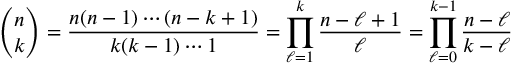
{ \binom { n } { k } } = { \frac { n ( n - 1 ) \cdots ( n - k + 1 ) } { k ( k - 1 ) \cdots 1 } } = \prod _ { \ell = 1 } ^ { k } { \frac { n - \ell + 1 } { \ell } } = \prod _ { \ell = 0 } ^ { k - 1 } { \frac { n - \ell } { k - \ell } }